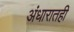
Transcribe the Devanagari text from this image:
अंधारातही